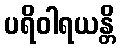
ပရိဝါရယန္တိ